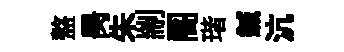
盩昺朱剬阁瑎鍼沆